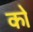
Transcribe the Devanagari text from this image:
कोे